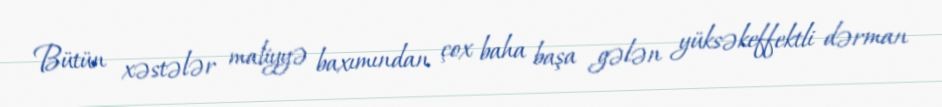
Bütün xəstələr maliyyə baxımından çox baha başa gələn yüksəkeffektli dərman